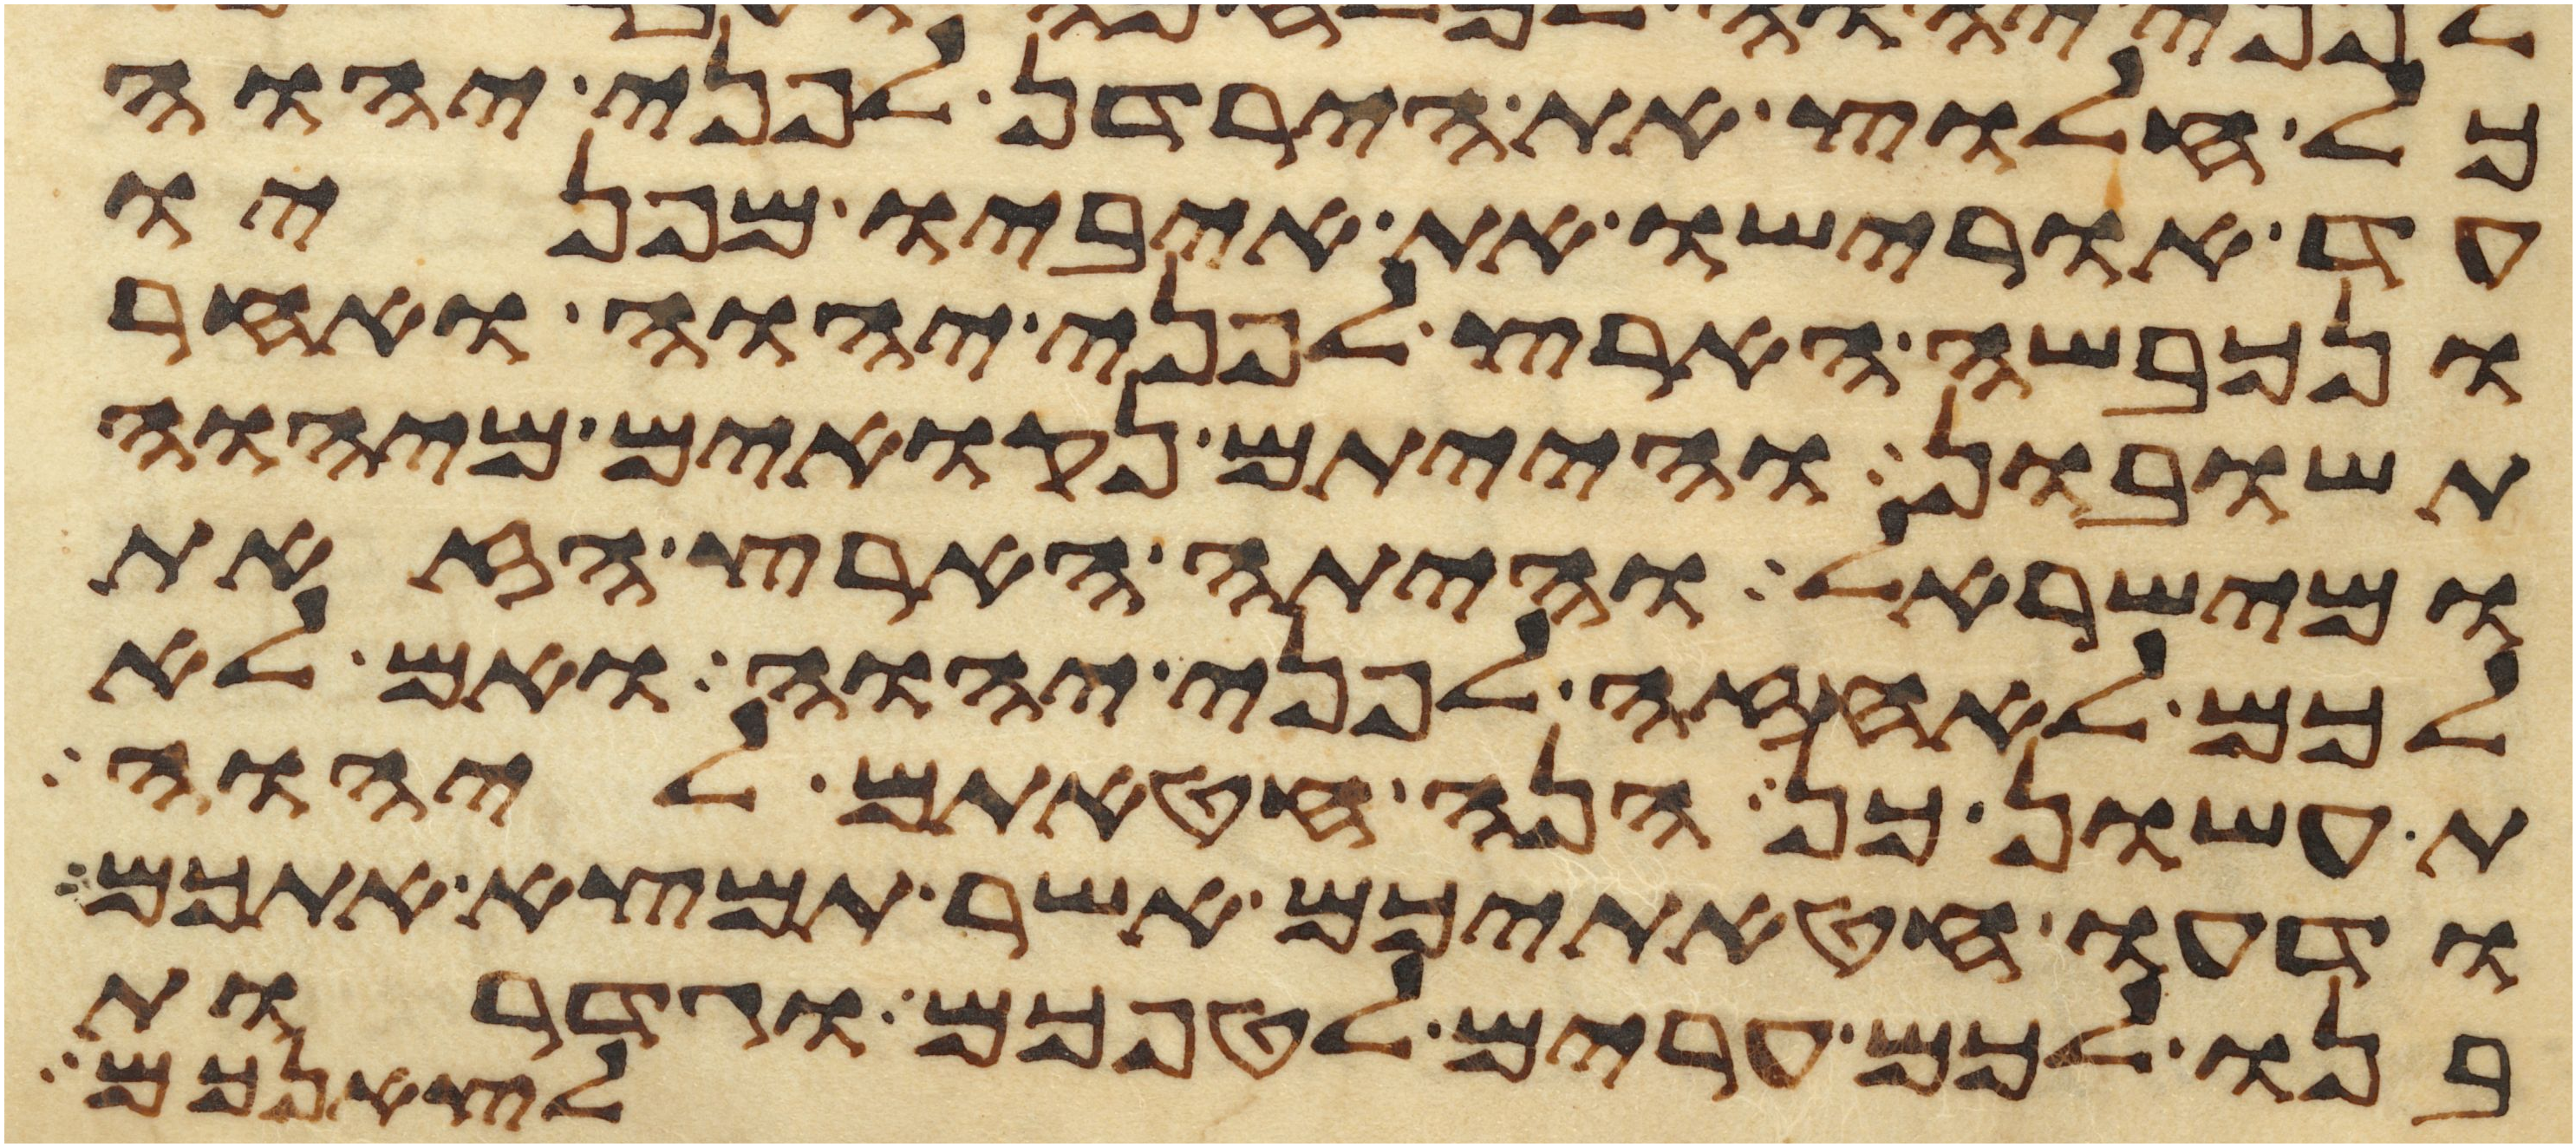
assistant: כל חלוץ את הירדן לפני יהוה
עד אורישו את איביו מפניו
ונכבשה הארץ לפני יהוה ואחר
תשובון והייתם נקואים מיהוה
ומישראל והיתה הארץ הזאת
לכם לאחזה לפני יהוה ואם לא
תעשון כן הנה חטאתם ליהוה
ודעו חטאתיכם אשר תמצא אתכם
בנו לכם ערים לטפכם וגדרות